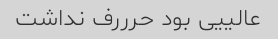
عالییی بود حرررف نداشت